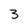
Character: 3